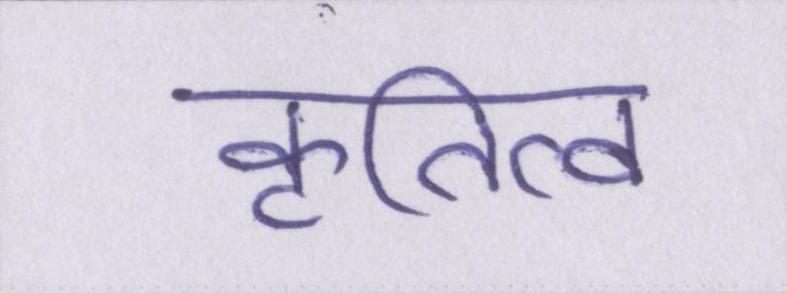
कृतित्व